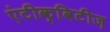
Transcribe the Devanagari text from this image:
एंटीक्विटीज़